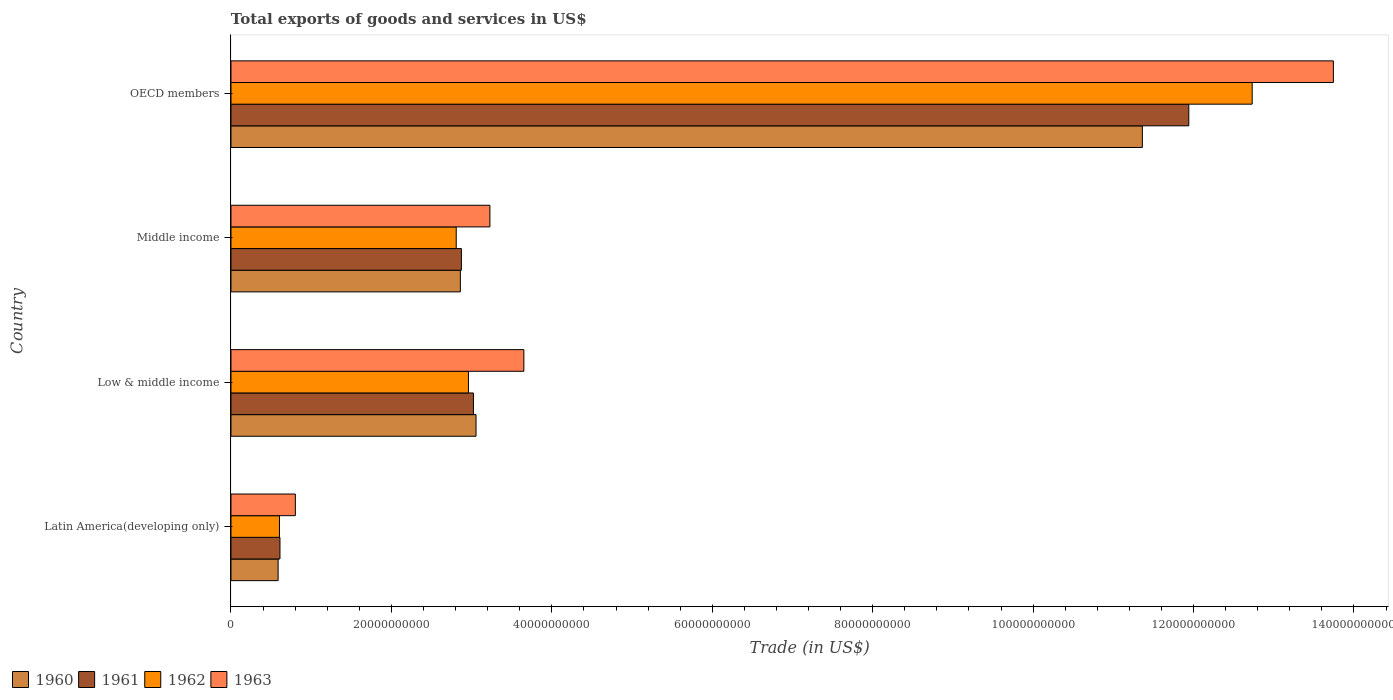
| Country | 1960 | 1961 | 1962 | 1963 |
 | --- | --- | --- | --- | --- |
 | Latin America(developing only) | 5.88e+09 | 6.11e+09 | 6.04e+09 | 8.02e+09 |
 | Low & middle income | 3.06e+10 | 3.02e+10 | 2.96e+10 | 3.65e+10 |
 | Middle income | 2.86e+10 | 2.87e+10 | 2.81e+10 | 3.23e+10 |
 | OECD members | 1.14e+11 | 1.19e+11 | 1.27e+11 | 1.37e+11 |